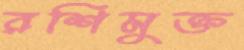
রশিমুক্ত